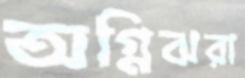
অগ্নিঝরা